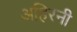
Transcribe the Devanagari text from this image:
अहिरनी